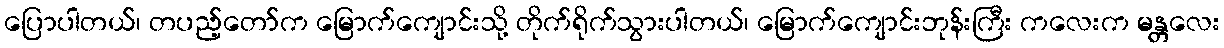
ပြောပါတယ်၊ တပည့်တော်က မြောက်ကျောင်းသို့ တိုက်ရိုက်သွားပါတယ်၊ မြောက်ကျောင်းဘုန်းကြီး ကလေးက မန္တလေး